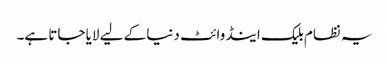
یہ نظام بلیک اینڈ وائٹ دنیا کے لیے لایا جاتا ہے۔